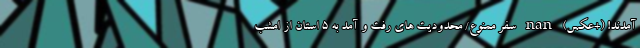
آمدند! (+عکس) nan سفر ممنوع/ محدودیت های رفت و آمد به ۵ استان از امشب